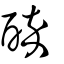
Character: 醉